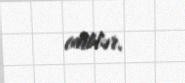
ediblər.